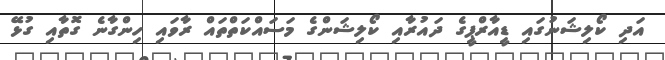
އަދި ކޯލިޝަނުގައި ޑީއާރްޕީގެ ދައުރާއި ކޯލިޝަންގެ މަސައްކަތްތައް ރާވައި ހިންގާނެ ގޮތާއި ގުޅޭ